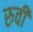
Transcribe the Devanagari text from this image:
रुवी